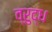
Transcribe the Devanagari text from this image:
व्रुद्ध